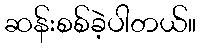
ဆန်းစစ်ခဲ့ပါတယ်။